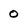
Character: 0